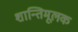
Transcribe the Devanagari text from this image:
शान्तिमूलक